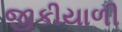
જીકીયાળી